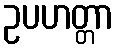
ဥပဟတ္တာ